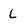
Character: L